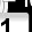
Digit: 1